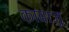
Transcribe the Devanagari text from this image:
काबाज़ु